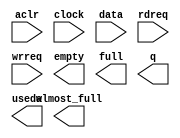
module sfifo_112x256_la (
	aclr,
	clock,
	data,
	rdreq,
	wrreq,
	almost_full,
	empty,
	full,
	q,
	usedw);

	input	  aclr;
	input	  clock;
	input	[111:0]  data;
	input	  rdreq;
	input	  wrreq;
	output	  almost_full;
	output	  empty;
	output	  full;
	output	[111:0]  q;
	output	[7:0]  usedw;

endmodule